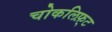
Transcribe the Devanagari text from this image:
चोकलिफ़्ट